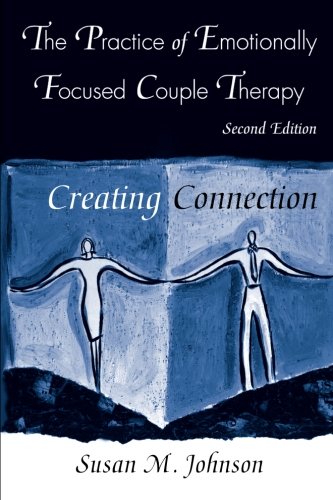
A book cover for The Practice of Emotionally Focused Couple Therapy: Creating Connection (Basic Principles Into Practice Series); Susan M. Johnson; Parenting & Relationships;